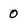
Character: 0